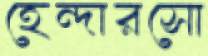
হেন্দারসো